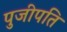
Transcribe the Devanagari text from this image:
पुजीपति